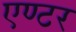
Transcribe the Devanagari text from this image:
एण्टर